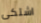
اشتكى